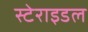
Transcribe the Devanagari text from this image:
स्टेराइडल